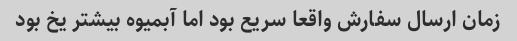
زمان ارسال سفارش واقعا سریع بود اما آبمیوه بیشتر یخ بود